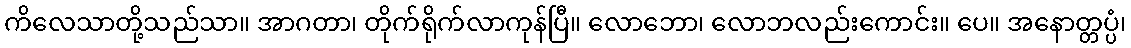
ကိလေသာတို့သည်သာ။ အာဂတာ၊ တိုက်ရိုက်လာကုန်ပြီ။ လောဘော၊ လောဘလည်းကောင်း။ ပေ။ အနောတ္တပ္ပံ၊